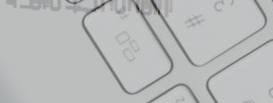
جودة عالية وأسعار مناسبة